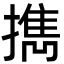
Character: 擕